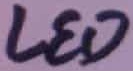
Text: LED